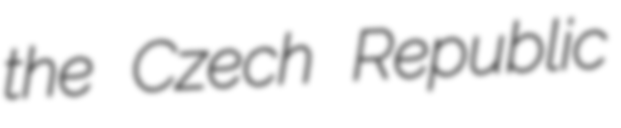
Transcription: the Czech Republic